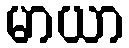
မာယာ